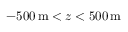
- 5 0 0 \, \mathrm { m } < z < 5 0 0 \, \mathrm { m }